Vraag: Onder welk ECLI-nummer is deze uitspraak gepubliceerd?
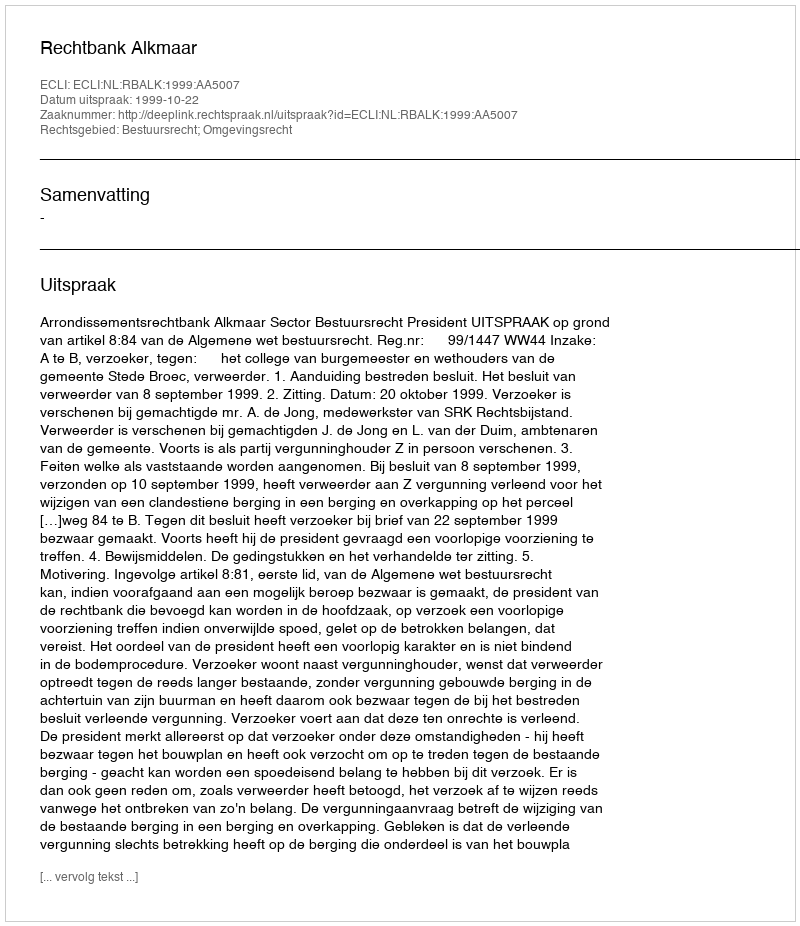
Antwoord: ECLI:NL:RBALK:1999:AA5007